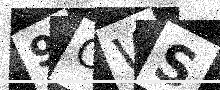
Text: 9OWS